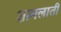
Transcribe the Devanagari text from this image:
शामलाती